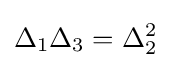
\Delta _{1}\Delta _{3}=\Delta _{2}^{2}